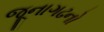
જૂનાગઢનો